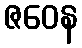
ဇဝေန